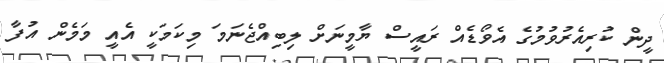
ދީން ކުރިއެރުވުމުގެ އެވޯޑެއް ރައީސް ޔާމީނަށް ލިބިއްޖެނަމަ މިކަމަކީ އެއީ މަމެން އުފާ